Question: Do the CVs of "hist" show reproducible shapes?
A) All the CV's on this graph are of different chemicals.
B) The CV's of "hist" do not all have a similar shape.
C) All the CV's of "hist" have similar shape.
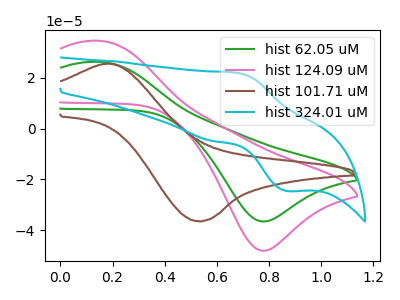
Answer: <think>The green curve "hist 62.05 uM" has an anodic peak at (0.15V, 26.30uA) and a cathodic peak at (0.80V, -36.60uA). The pink curve "hist 124.09 uM" has an anodic peak at (0.15V, 34.60uA) and a cathodic peak at (0.80V, -48.15uA). The brown curve "hist 101.71 uM" has an anodic peak at (0.20V, 25.65uA) and a cathodic peak at (0.55V, -36.45uA). The cyan curve "hist 324.01 uM" has an anodic peak at (0.65V, 22.05uA) and a cathodic peak at (0.85V, -24.60uA).
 All the peaks in "hist 62.05 uM" have a peak in "hist 124.09 uM" at the same potential. Every peak in "hist 62.05 uM" is lower than every peak in "hist 124.09 uM". "hist 62.05 uM" and "hist 101.71 uM" have at least one peak that do not match. "hist 62.05 uM" and "hist 324.01 uM" have at least one peak that do not match. "hist 124.09 uM" and "hist 101.71 uM" have at least one peak that do not match. "hist 124.09 uM" and "hist 324.01 uM" have at least one peak that do not match. "hist 101.71 uM" and "hist 324.01 uM" have at least one peak that do not match.</think>
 <answer>C) All the CV's of "hist" have similar shape.</answer>
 <eval>C</eval>